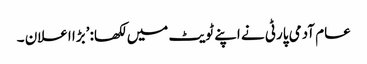
عام آدمی پارٹی نے اپنے ٹویٹ میں لکھا: ’بڑا اعلان ۔